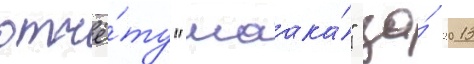
отчё́ту "маака́" за́ 2013